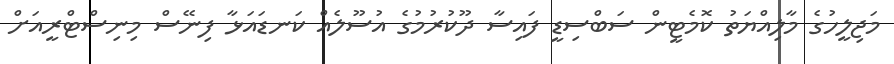
މަޖިލީހުގެ މާލިއްޔަތު ކޮމެޓީން ސަބްސިޑީ ފައިސާ ދޫކުރުމުގެ އުސޫލެއް ކަނޑައަޅާ ފިނޭސް މިނިސްޓްރީއަށް